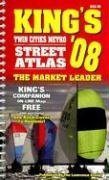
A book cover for King's '08 Twin Cities Street Atlas Minnesota; Rand McNally; Travel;